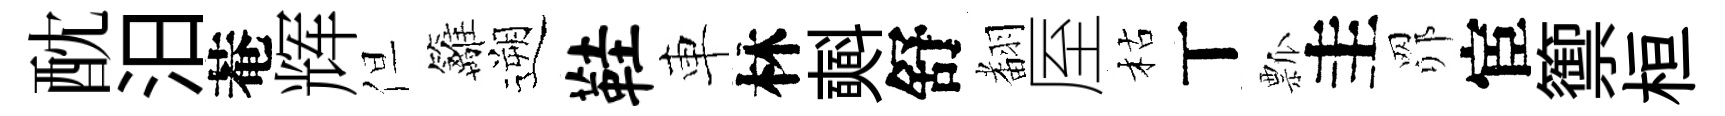
酖汨菴辉但籬遡鞋車林𣂏舒𮋒厔枯丅瓢圭𦊑宦籞桓